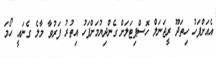
އެއަށްފަހު ހިތަދޫ ރީޖަނަލް ހޮސްޕިޓަލަށް ގެންދިޔުމަށްފަހު އިތުރު ފަރުވާ މާލެ ގެނައީ ހޯމަ